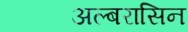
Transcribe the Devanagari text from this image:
अल्बरासिन